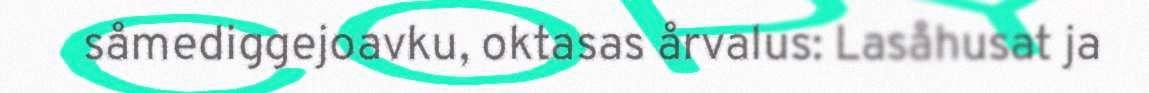
såmediggejoavku, oktasas årvalus: Lasåhusat ja